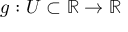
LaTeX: g : U \subset \mathbb { R } \to \mathbb { R }